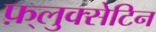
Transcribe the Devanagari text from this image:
फ़्लुक्सेटिन